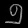
Digit: ၅